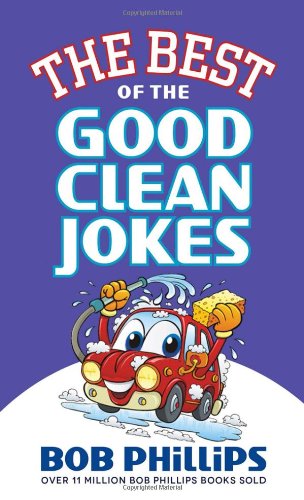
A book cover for The Best of the Good Clean Jokes; Bob Phillips; Humor & Entertainment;